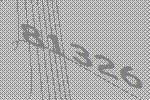
81326